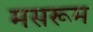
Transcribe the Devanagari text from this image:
मसरूम